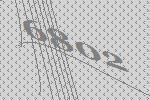
6802